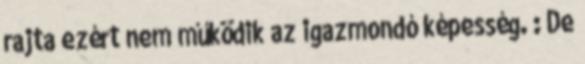
rajta ezért nem működik az igazmondó képesség. : De